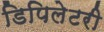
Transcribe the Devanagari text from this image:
डिपिलेटरी